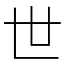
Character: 世